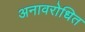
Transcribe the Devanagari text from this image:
अनावरोधित